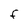
Character: F